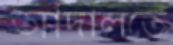
আদালতে